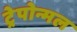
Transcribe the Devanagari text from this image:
ट्रेपोन्मल